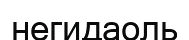
негидаоль